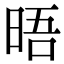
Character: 晤